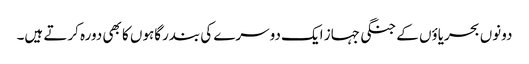
دونوں بحریاؤں کے جنگی جہاز ایک دوسرے کی بندرگاہوں کا بھی دورہ کرتے ہیں۔